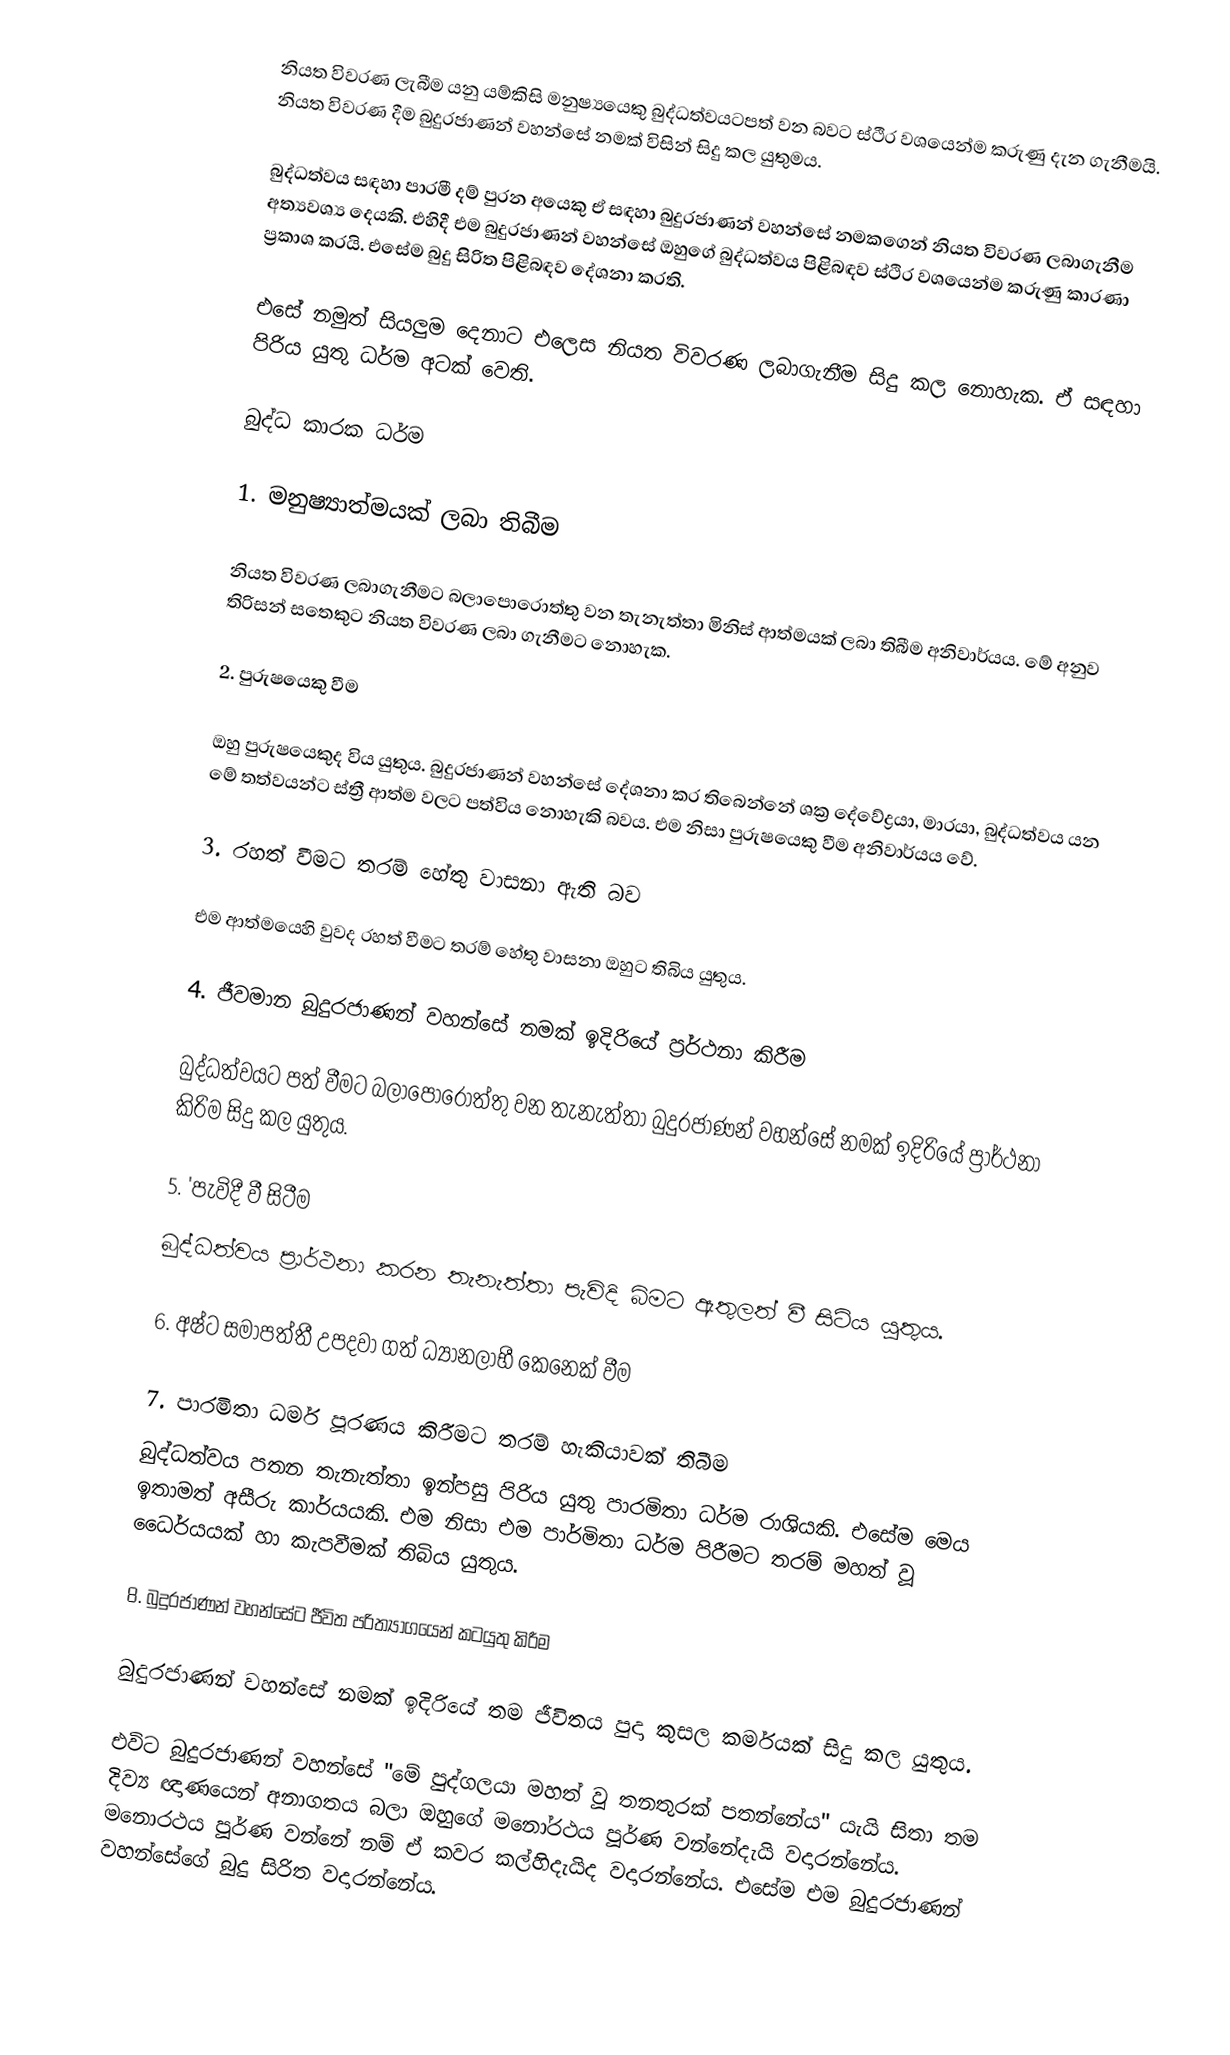
නියත විවරණ ලැබීම යනු යම්කිසි මනුෂ්‍යයෙකු බුද්ධත්වයටපත් වන බවට ස්ථිර වශයෙන්ම කරුණු දැන ගැනීමයි. නියත විවරණ දීම බුදුරජාණන් වහන්සේ නමක් විසින් සිදු කල යුතුමය.

බුද්ධත්වය සඳහා පාරමී දම් පුරන අයෙකු ඒ සඳහා බුදුරජාණන් වහන්සේ නමකගෙන් නියත විවරණ ලබාගැනීම අත්‍යවශ්‍ය දෙයකි. එහිදී එම බුදුරජාණන් වහන්සේ ඔහුගේ බුද්ධත්වය පිළිබඳව ස්ථිර වශයෙන්ම කරුණු කාරණා ප්‍රකාශ කරයි. එසේම බුදු සිරිත පිළිබඳව දේශනා කරති.

එසේ නමුත් සියලුම දෙනාට එලෙස නියත විවරණ ලබාගැනීම සිදු කල නොහැක. ඒ සඳහා පිරිය යුතු ධර්ම අටක් වෙති.

බුද්ධ කාරක ධර්ම

1. මනුෂ්‍යාත්මයක් ලබා තිබීම

නියත විවරණ ලබාගැනීමට බලාපොරොත්තු වන තැනැත්තා මිනිස් ආත්මයක් ලබා තිබීම අනිවාර්යය. මේ අනුව තිරිසන් සතෙකුට නියත විවරණ ලබා ගැනීමට නොහැක.

2. පුරුෂයෙකු වීම

ඔහු පුරුෂයෙකුද විය යුතුය. බුදුරජාණන් වහන්සේ දේශනා කර තිබෙන්නේ ශක්‍ර දේවේද්‍රයා, මාරයා, බුද්ධත්වය යන මේ තත්වයන්ට ස්ත්‍රී ආත්ම වලට පත්විය නොහැකි බවය. එම නිසා පුරුෂයෙකු වීම අනිවාර්යය වේ.

3. රහත් වීමට තරම් හේතු වාසනා ඇති බව

එම ආත්මයෙහි වුවද රහත් වීමට තරම් හේතු වාසනා ඔහුට තිබිය යුතුය.

4. ජීවමාන බුදුරජාණන් වහන්සේ නමක් ඉදිරියේ ප්‍රර්ථනා කිරීම

බුද්ධත්වයට පත් වීමට බලාපොරොත්තු වන තැනැත්තා බුදුරජාණන් වහන්සේ නමක් ඉදිරියේ ප්‍රාර්ථනා කිරිම සිදු කල යුතුය.

5. 'පැවිදී වී සිටීම
බුද්ධත්වය ප්‍රාර්ථනා කරන තැනැත්තා පැවිදි බිමට ඇතුලත් වී සිටිය යුතුය.

6. අෂ්ට සමාපත්තී උපදවා ගත් ධ්‍යානලාභී කෙනෙක් වීම

7. පාරමිතා ධර්ම පූරණය කිරීමට තරම් හැකියාවක් තිබීම
බුද්ධත්වය පතන තැනැත්තා ඉන්පසු පිරිය යුතු පාරමිතා ධර්ම රාශියකි. එසේම මෙය ඉතාමත් අසීරු කාර්යයකි. එම නිසා එම පාර්මිතා ධර්ම පිරීමට තරම් මහත් වූ ධෛර්යයක් හා කැපවීමක් තිබිය යුතුය.

8. බුදුරජාණන් වහන්සේට ජීවිත පරිත්‍යාගයෙන් කටයුතු කිරීම

බුදුරජාණන් වහන්සේ නමක් ඉදිරියේ තම ජීවිතය පුදා කුසල කර්මයක් සිදු කල යුතුය.

එවිට බුදුරජාණන් වහන්සේ "මේ පුද්ගලයා මහත් වූ තනතුරක් පතන්නේය" යැයි සිතා තම දිව්‍ය ඥාණයෙන් අනාගතය බලා ඔහුගේ මනෝරථය පූර්ණ වන්නේදැයි වදාරන්නේය. මනොරථය පූර්ණ වන්නේ නම් ඒ කවර කල්හිදැයිද වදාරන්නේය. එසේම එම බුදුරජාණන් වහන්සේගේ බුදු සිරිත වදාරන්නේය.